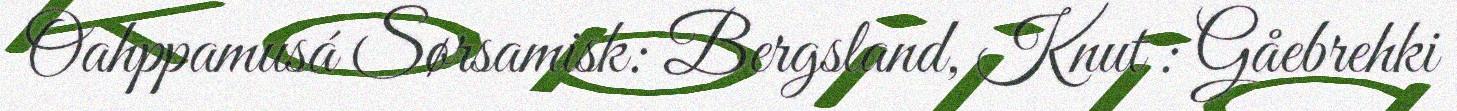
Oahppamusá Sørsamisk: Bergsland, Knut : Gåebrehki